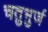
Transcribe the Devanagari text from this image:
चतुभुर्ज